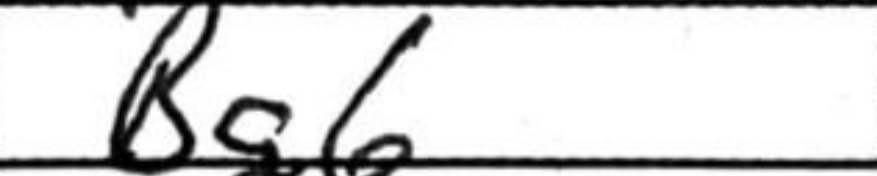
Transcription: Bg6